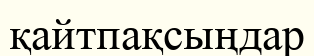
қайтпақсыңдар